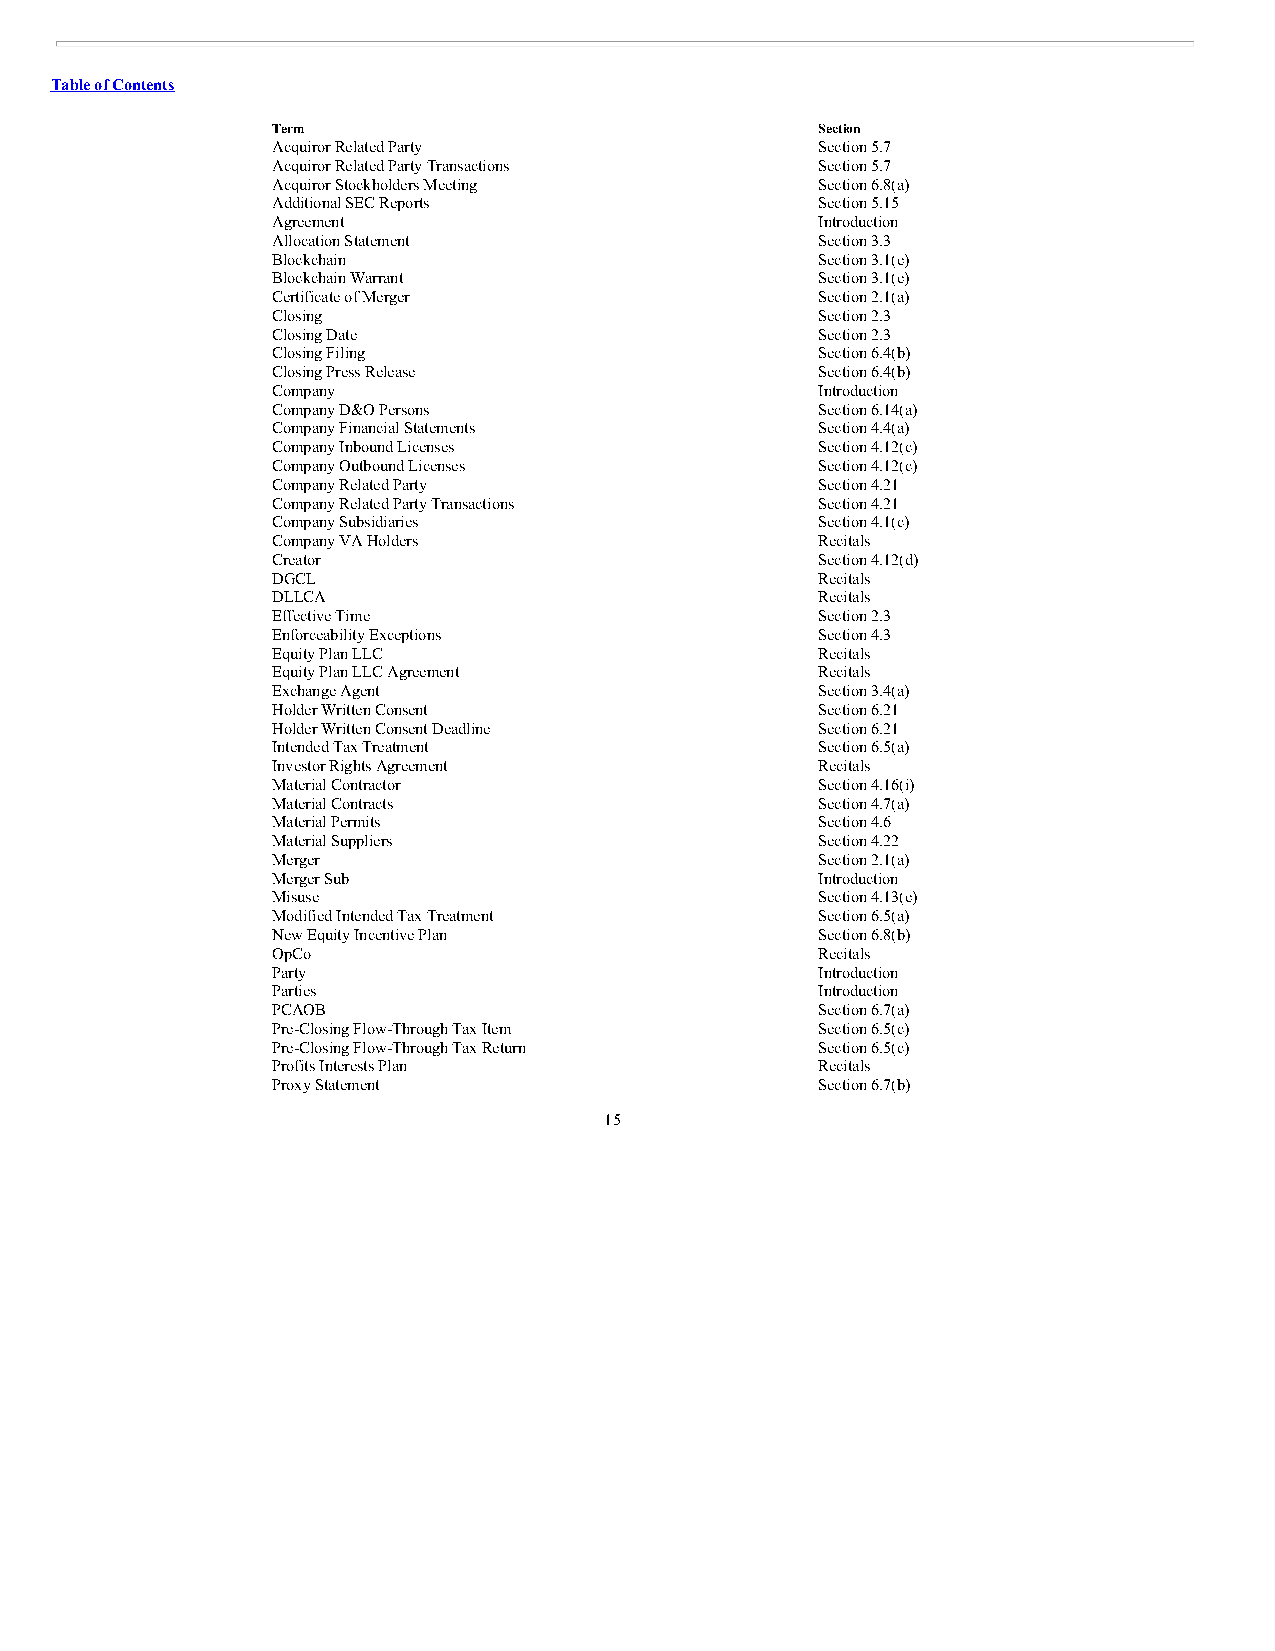
Table of Contents
 Term                                Section
 Acquiror Related Party              Section 5.7
 Acquiror Related Party Transactions Section 5.7
 Acquiror Stockholders Meeting       Section 6.8(a)
 Additional SEC Reports              Section 5.15
 Agreement                           Introduction
 Allocation Statement                Section 3.3
 Blockchain                          Section 3.1(e)
 Blockchain Warrant                  Section 3.1(e)
 Certificate of Merger               Section 2.1(a)
 Closing                             Section 2.3
 Closing Date                        Section 2.3
 Closing Filing                      Section 6.4(b)
 Closing Press Release               Section 6.4(b)
 Company                             Introduction
 Company D&O Persons                 Section 6.14(a)
 Company Financial Statements        Section 4.4(a)
 Company Inbound Licenses            Section 4.12(c)
 Company Outbound Licenses           Section 4.12(c)
 Company Related Party               Section 4.21
 Company Related Party Transactions  Section 4.21
 Company Subsidiaries                Section 4.1(c)
 Company VA Holders                  Recitals
 Creator                             Section 4.12(d)
 DGCL                                Recitals
 DLLCA                               Recitals
 Effective Time                      Section 2.3
 Enforceability Exceptions           Section 4.3
 Equity Plan LLC                     Recitals
 Equity Plan LLC Agreement           Recitals
 Exchange Agent                      Section 3.4(a)
 Holder Written Consent              Section 6.21
 Holder Written Consent Deadline     Section 6.21
 Intended Tax Treatment              Section 6.5(a)
 Investor Rights Agreement           Recitals
 Material Contractor                 Section 4.16(i)
 Material Contracts                  Section 4.7(a)
 Material Permits                    Section 4.6
 Material Suppliers                  Section 4.22
 Merger                              Section 2.1(a)
 Merger Sub                          Introduction
 Misuse                              Section 4.13(e)
 Modified Intended Tax Treatment     Section 6.5(a)
 New Equity Incentive Plan           Section 6.8(b)
 OpCo                                Recitals
 Party                               Introduction
 Parties                             Introduction
 PCAOB                               Section 6.7(a)
 Pre-Closing Flow-Through Tax Item   Section 6.5(c)
 Pre-Closing Flow-Through Tax Return Section 6.5(c)
 Profits Interests Plan              Recitals
 Proxy Statement                     Section 6.7(b)
 15